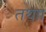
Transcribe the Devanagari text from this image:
तथाा